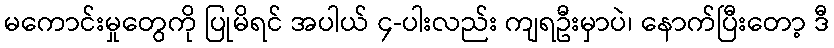
မကောင်းမှုတွေကို ပြုမိရင် အပါယ် ၄-ပါးလည်း ကျရဦးမှာပဲ၊ နောက်ပြီးတော့ ဒီ